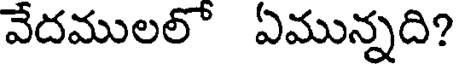
వేదములలో ఏమున్నది?